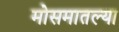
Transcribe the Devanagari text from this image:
मोसमातल्या